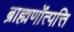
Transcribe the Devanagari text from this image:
ब्राह्मणोंत्पत्ति